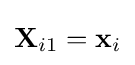
\mathbf {X} _{i1}=\mathbf {x} _{i}